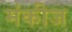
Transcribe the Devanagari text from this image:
मंकीज